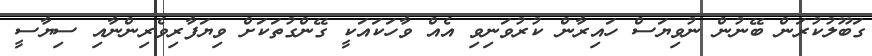
ގަބޫލުކުރަން ބޭނުން ނުވިޔަސް ހައިރާން ކުރުވަނިވި އެއް ވާހަކައަކީ ގޭންގުތަކަށް ވިޔަފާރިވެރިންނާއި ސިޔާސީ